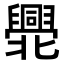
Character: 𠤫